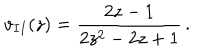
v _ { I I } ( z ) = { \frac { 2 z - 1 } { 2 z ^ { 2 } - 2 z + 1 } } \, .